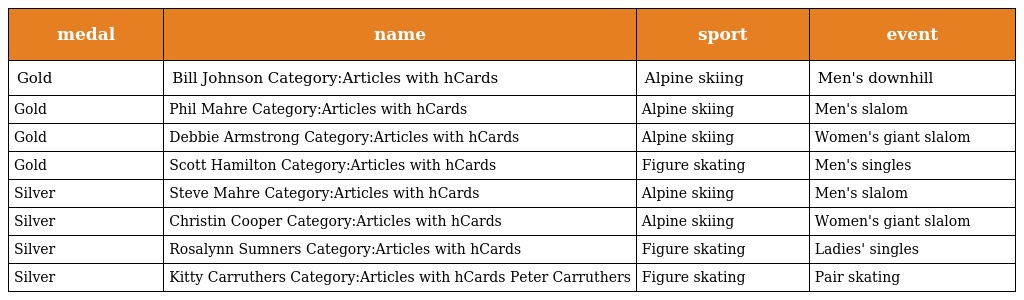
| medal | name | sport | event |
 | --- | --- | --- | --- |
 | Gold | Bill Johnson Category:Articles with hCards | Alpine skiing | Men's downhill |
 | Gold | Phil Mahre Category:Articles with hCards | Alpine skiing | Men's slalom |
 | Gold | Debbie Armstrong Category:Articles with hCards | Alpine skiing | Women's giant slalom |
 | Gold | Scott Hamilton Category:Articles with hCards | Figure skating | Men's singles |
 | Silver | Steve Mahre Category:Articles with hCards | Alpine skiing | Men's slalom |
 | Silver | Christin Cooper Category:Articles with hCards | Alpine skiing | Women's giant slalom |
 | Silver | Rosalynn Sumners Category:Articles with hCards | Figure skating | Ladies' singles |
 | Silver | Kitty Carruthers Category:Articles with hCards Peter Carruthers | Figure skating | Pair skating |